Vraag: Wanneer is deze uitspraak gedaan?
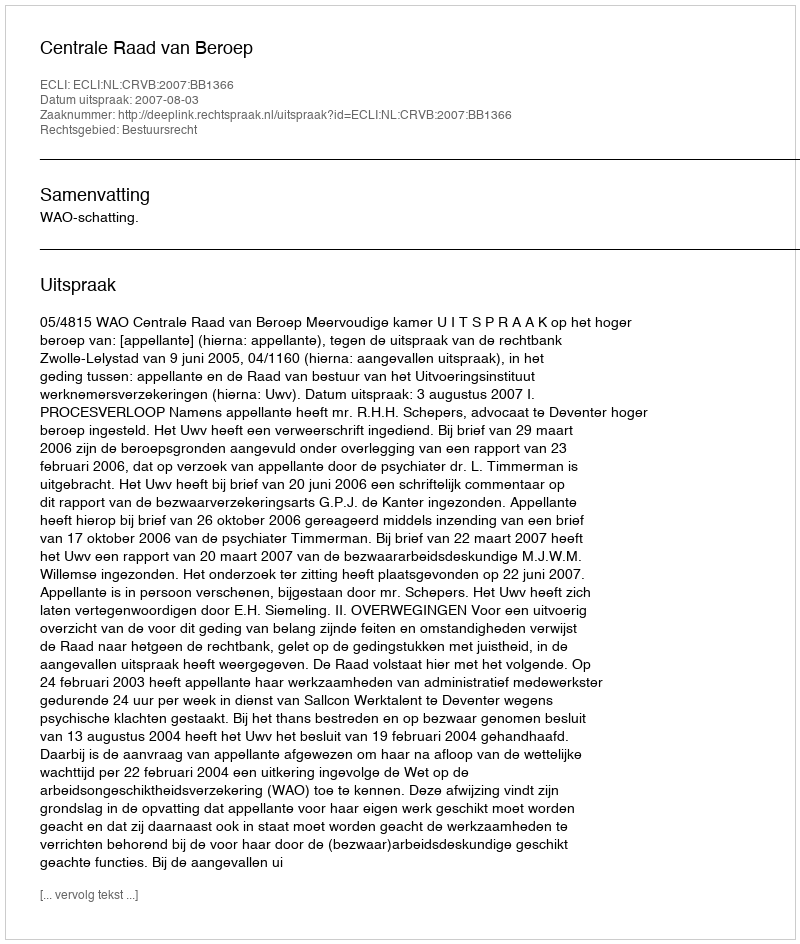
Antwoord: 2007-08-03